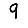
Digit: 9